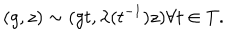
( g , z ) \sim ( g t , \lambda ( t ^ { - 1 } ) z ) \forall t \in T .